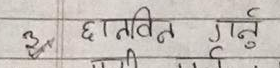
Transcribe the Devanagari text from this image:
3 छातिविन गर्नु